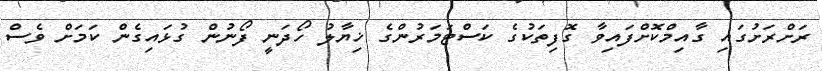
ރަށްރަށުގައި ގާއިމްކޮށްފައިވާ ގޮފިތަކުގެ ކަސްޓަމަރުންގެ ޚިޔާލު ހޯދަނީ ފޯނުން ގުޅައިގެން ކަމަށް ވެސް